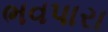
ભવપારા